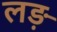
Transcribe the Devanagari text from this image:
लड़़